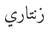
زنتاري